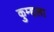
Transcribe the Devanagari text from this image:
कुम्हला